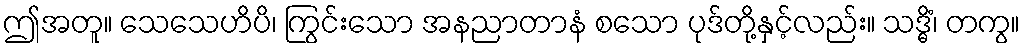
ဤအတူ။ သေသေဟိပိ၊ ကြွင်းသော အနညာတာနံ စသော ပုဒ်တို့နှင့်လည်း။ သဒ္ဓိံ၊ တကွ။